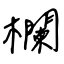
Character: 欄